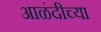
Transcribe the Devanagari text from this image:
आळंदीच्या